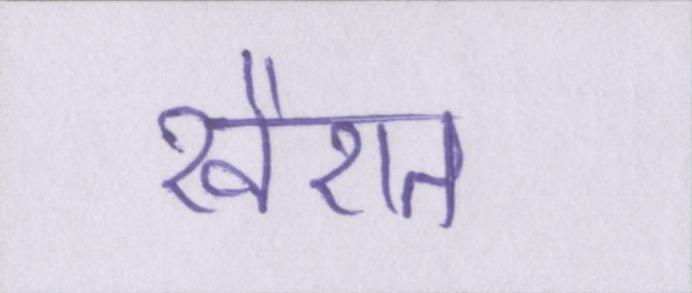
खैरात